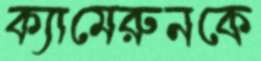
ক্যামেরুনকে